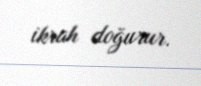
ikrah doğurur.